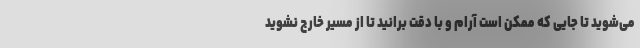
می‌شوید تا جایی که ممکن است آرام و با دقت برانید تا از مسیر خارج نشوید